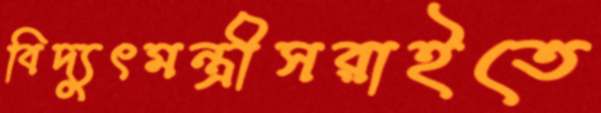
বিদ্যুৎমন্ত্রীসরাইতে